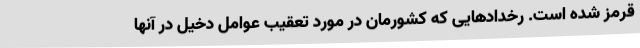
قرمز شده است. رخدادهایی که کشورمان در مورد تعقیب عوامل دخیل در آنها